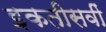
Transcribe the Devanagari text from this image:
इकतीसवीं